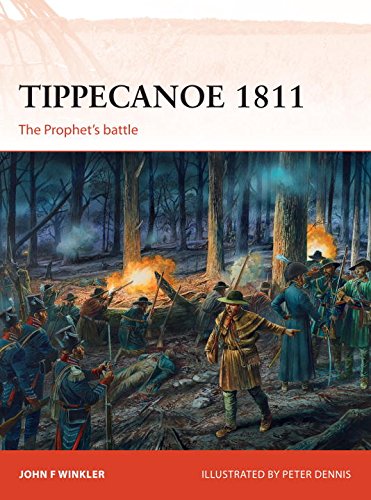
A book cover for Tippecanoe 1811: The Prophet's battle (Campaign); John F. Winkler; History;